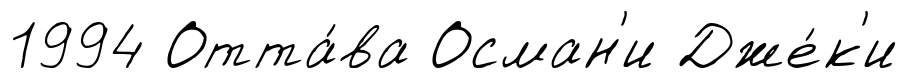
1994 Отта́ва Осман'и Дже́к'и